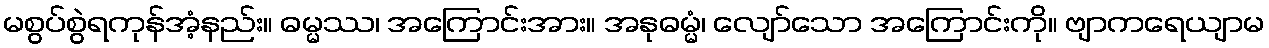
မစွပ်စွဲရကုန်အံ့နည်း။ ဓမ္မဿ၊ အကြောင်းအား။ အနုဓမ္မံ၊ လျော်သော အကြောင်းကို။ ဗျာကရေယျာမ